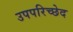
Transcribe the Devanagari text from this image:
उपपरिच्छेद